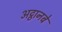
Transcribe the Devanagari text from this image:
अट्ठानबे